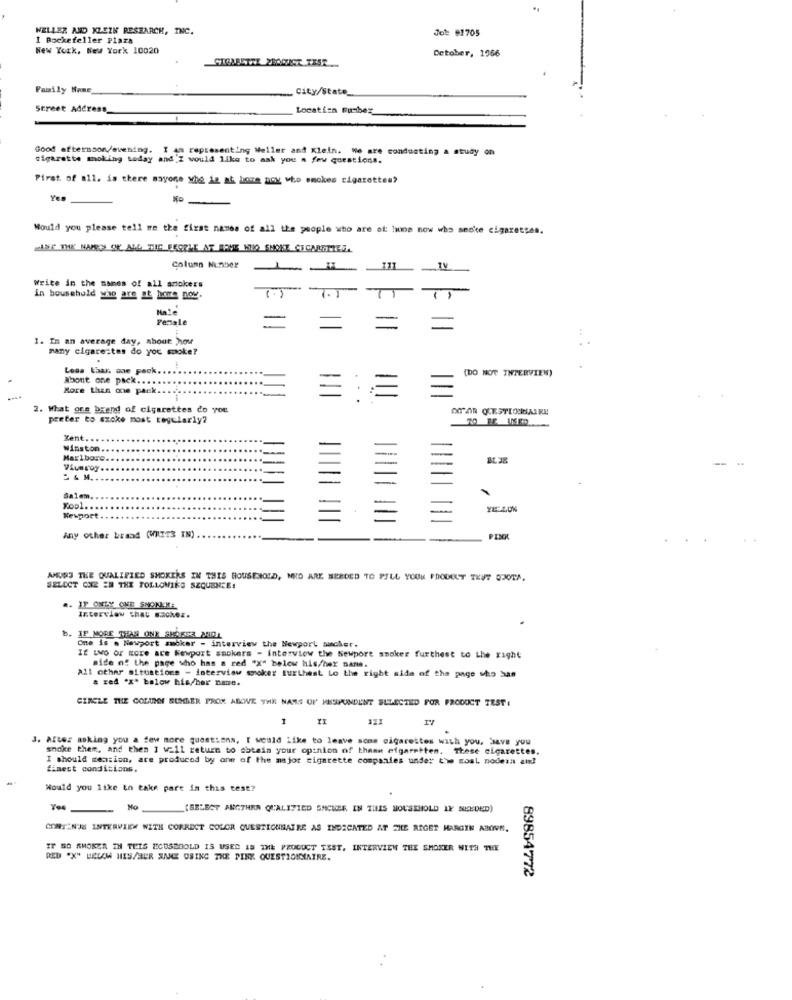
WELLER AND KLEIN RESEARCH, INC.
Jot #1705
I Rockefeller Plaza
New York, New York 10020
Detober, 1966
Family Home
City/State_
Street Address_
Location Rusher
Good afternoon/evening. I am representing Weller and Klein. We are conducting a study on
cigarette moking today and I would like to ask you a few questions.
First of all. is there anyone who is ak hora noy who smokes cigarettes?
Would you please tell me the first names of all the people who are at home now who secke cigarettes.
Column Nunber
-
Write in the names of all ariokers
in household who are af hare nov.
Female
1. In an average day, about how
many cigare;tes do you smoke?
Less thar, one pack.
(DO NOT INTERVIEW)
About one pack ...
More than one pack .. ..
2. What ons brand of cigarettes do you
OMAR QUESTIONNAIRE
preter to sxoke most regularly?
Xent. ..
Winston.
Marlboro
Viueroy
= & M ..
Salem.
Kool.
Newport
Any other brand (WRITS IN) .
PINK
AMUSS THE QUALIFIED SMOKERS IN THIS HOUSEHOLD, NHD ARE NEEDED TO PILL YOUR PRODUCT TEUT QUOTA.
SELECT ONE EN THE FOLLOWING SEQUENCE!
a. IF ONLY ONE SMONEM!
Interview that sachez.
b. IF MORE THAN ONE SHOTSER ANIOL
One is . Newport smoker - interview the Newport sucher.
IE LMO Or Rote are Newport smokers - interview the Sewpore smoker furthest to Lhe right
side of the page who has a red "X" below his/her nane.
all other situations - interview smoker furthest Lo the right side of the page who has
a red "X" balow his/her name.
CIRCLE THE COLUMN SUMMER FROM ABOVE THE NAME OF MESPUNDENT SELECTED FOR PRODUCT TEST!
1
111
3. Artes asking you a few more questions, I would Like to leave sons cigarettes with you, have you
snoke them, and then I w=11 return to obtain your opinion of theen cigaretten. These cigarettes.
I should mension, are produced by one of the major cigarette companies under the moal nodera aix!
finest condicions.
Would you like to take part in this test?
Mo
(SELECT ANOTHER QUALIFIED SNCUSE. IN THIS HOUSEHOLD IF NEEDED)
CONTENJE INTERVIEW WITH CORRECT COLOR QUESTIONNAIRE AS INDICATED AT THE RIGET MARGIN ABOVE.
IF SO SMOKER IN THIS HOUSEGOLD IS USED IS THE PRODUCT TEST, INTERVIEW THE SMOKER WITH THE
RED "X" SELAM HIS/HER SNE USING THE PINK QUESTIONNAIRE.
89854772